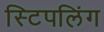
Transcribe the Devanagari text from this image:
स्टिपलिंग